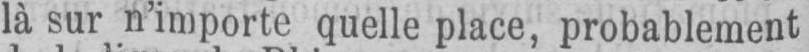
là sur n’importe quelle place, probablement